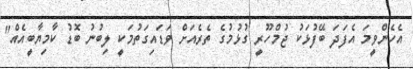
އެހެންވީމަ އެފަދަ ބޭފުޅަކު ޖުމްހޫރީ ގުޅުމުގެ ތެރެއަށް ވަޑައިގަތުމަކީ ލިބުނު ބޮޑު ކާމިޔާބީއެއް"